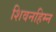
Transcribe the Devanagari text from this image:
शिवनहिम्न